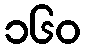
၁၆၀